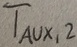
Text: TAUX,2